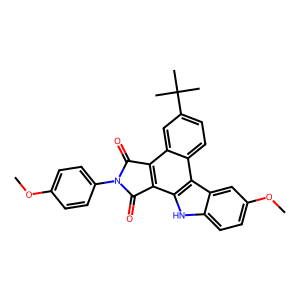
SMILES: COc1ccc(N2C(=O)c3c(c4[nH]c5ccc(OC)cc5c4c4ccc(C(C)(C)C)cc34)C2=O)cc1
Inhibits HIV replication: No